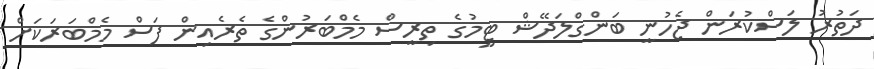
ދަތުރު ލަސްކުރަން ޖެހުނީ ބަންގްލަދޭޝް ޓީމުގެ ތިރީސް މެމްބަރުންގެ ތެރެއިން ފަސް މެމްބަރަކަށް